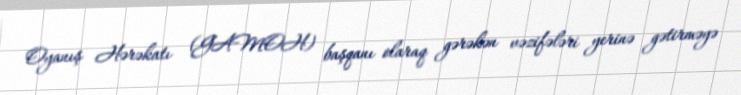
Oyanış Hərəkatı (GAMOH) başqanı olaraq gərəkən vəzifələri yerinə gətirməyə